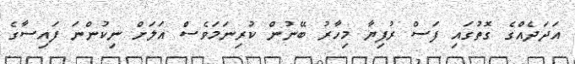
އަދަދެއްގެ ގޮތުގައި ފަސް ރުފިޔާ މިހާރު ބޭނުން ކުރިނަމަވެސް އަލަށް ނިކުންނަ ފައިސާގެ